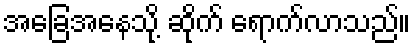
အခြေအနေသို့ ဆိုက် ရောက်လာသည်။